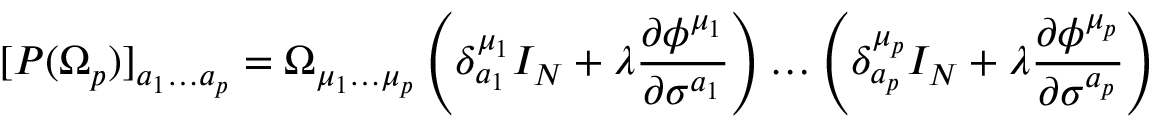
[ P ( \Omega _ { p } ) ] _ { a _ { 1 } \ldots a _ { p } } = \Omega _ { \mu _ { 1 } \ldots \mu _ { p } } \left( \delta _ { a _ { 1 } } ^ { \mu _ { 1 } } I _ { N } + \lambda \frac { \partial \phi ^ { \mu _ { 1 } } } { \partial \sigma ^ { a _ { 1 } } } \right) \ldots \left( \delta _ { a _ { p } } ^ { \mu _ { p } } I _ { N } + \lambda \frac { \partial \phi ^ { \mu _ { p } } } { \partial \sigma ^ { a _ { p } } } \right)